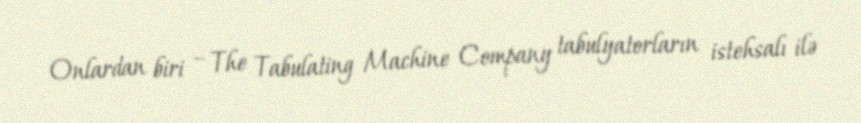
Onlardan biri – The Tabulating Machine Company tabulyatorların istehsalı ilə